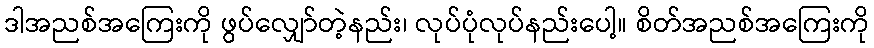
ဒါအညစ်အကြေးကို ဖွပ်လျှော်တဲ့နည်း၊ လုပ်ပုံလုပ်နည်းပေါ့။ စိတ်အညစ်အကြေးကို